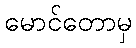
မောင်တောမှ